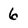
Character: 6